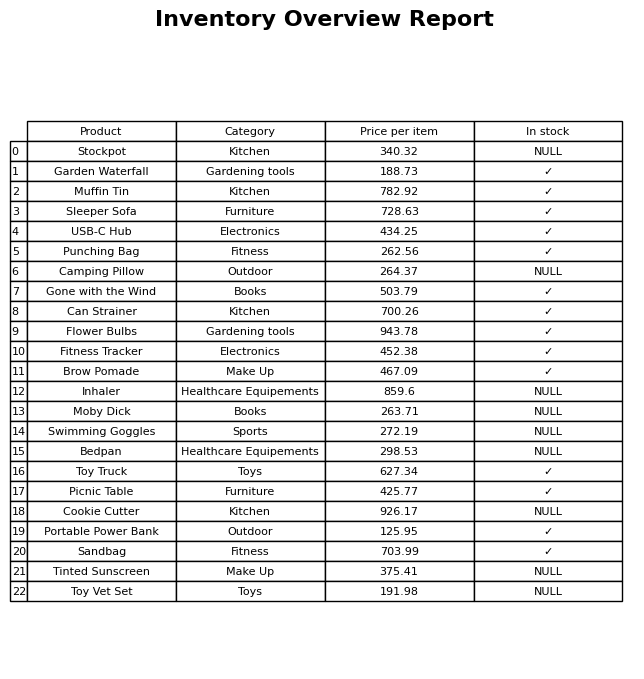
question: What is the stock status of the Muffin Tin?
answer: ✓